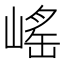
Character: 𡺯